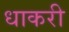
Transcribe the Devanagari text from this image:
धाकरी